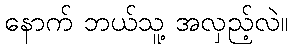
နောက် ဘယ်သူ့ အလှည့်လဲ။